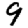
Digit: 9